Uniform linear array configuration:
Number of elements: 64
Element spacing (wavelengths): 1
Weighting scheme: hann
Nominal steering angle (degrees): -30
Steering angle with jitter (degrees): -30.49
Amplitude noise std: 0.05
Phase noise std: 0.05

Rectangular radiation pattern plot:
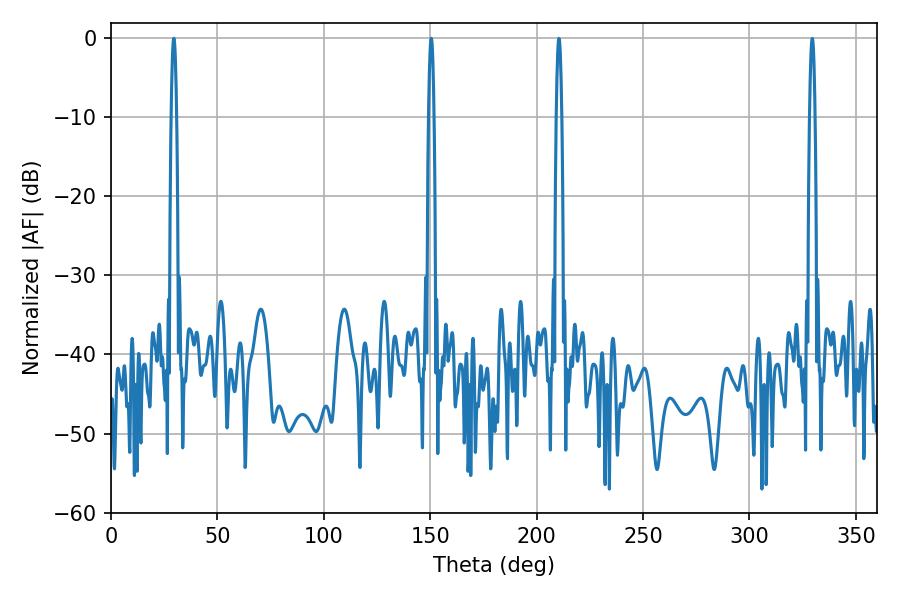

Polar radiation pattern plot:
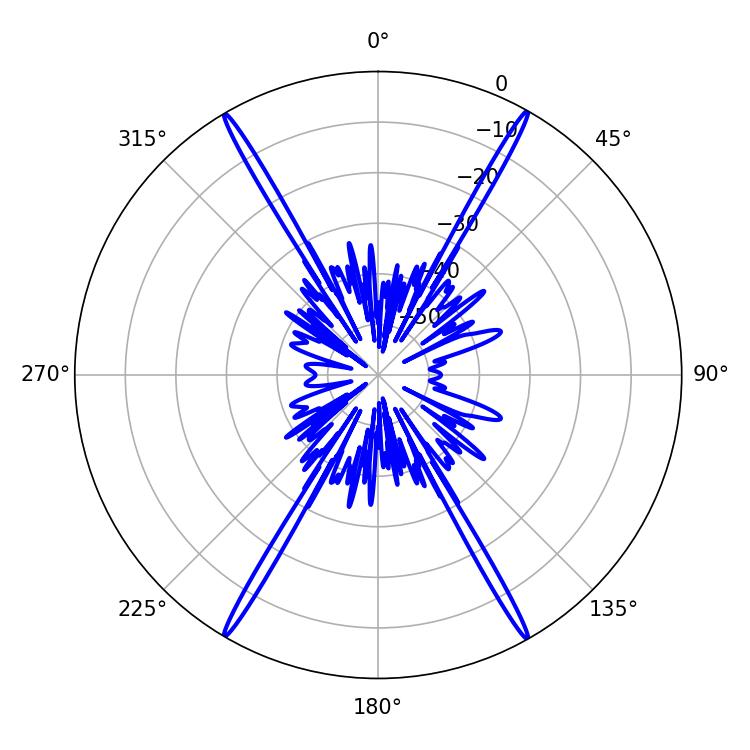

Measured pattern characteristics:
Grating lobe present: TRUE
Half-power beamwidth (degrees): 1.44
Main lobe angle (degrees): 29.52